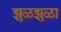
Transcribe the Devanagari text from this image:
झुळझुळा